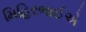
મિહિરભાઈએ